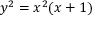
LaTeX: y ^ { 2 } = x ^ { 2 } ( x + 1 )